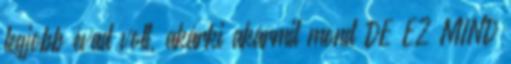
legjobb évad volt, akárki akármit mond DE EZ MIND